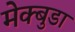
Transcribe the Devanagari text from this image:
मेक्बुडा